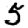
Digit: 5